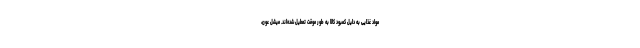
مواد غذایی به دلیل کمبود کالا به طور موقت تعطیل شده‌اند. میشل عون،